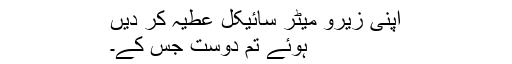
اپنی زیرو میٹر سائیکل عطیہ کر دیں
ہوئے تم دوست جس کے۔